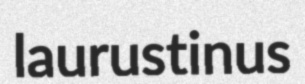
laurustinus